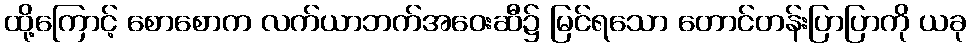
ထို့ကြောင့် စောစောက လက်ယာဘက်အဝေးဆီ၌ မြင်ရသော တောင်တန်းပြာပြာကို ယခု